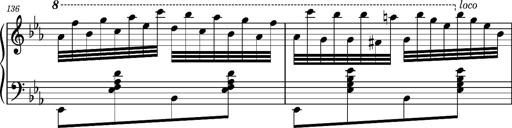
Title: Magyar rapszÃ³diÃ¡k
Composer: Franz Liszt